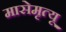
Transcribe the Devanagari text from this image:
मासेमृत्यू